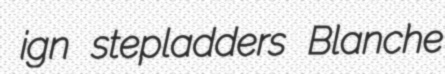
ign stepladders Blanche